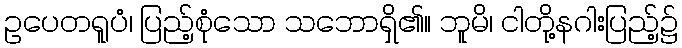
ဥပေတရူပံ၊ ပြည့်စုံသော သဘောရှိ၏။ ဘူမိ၊ ငါတို့နဂါးပြည့်၌